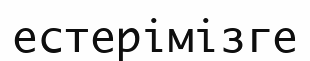
естерімізге